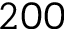
2 0 0